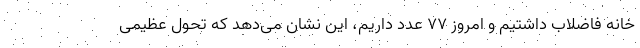
خانه فاضلاب داشتیم و امروز ۷۷ عدد داریم، این نشان می‌دهد که تحول عظیمی